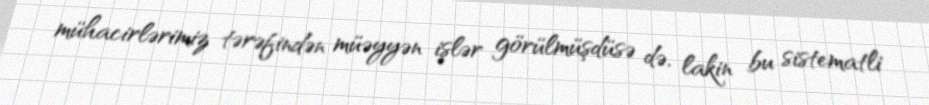
mühacirlərimiz tərəfindən müəyyən işlər görülmüşdüsə də, lakin bu sistematli